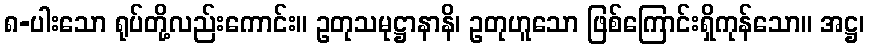
၈-ပါးသော ရုပ်တို့လည်းကောင်း။ ဥတုသမုဋ္ဌာနာနိ၊ ဥတုဟူသော ဖြစ်ကြောင်းရှိကုန်သော။ အဋ္ဌ၊